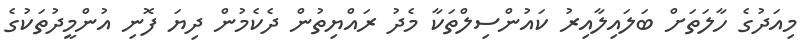
މިއަދުގެ ހާލަތަށް ބަލައިލާއިރު ކައުންސިލްތަކާ މެދު ރައްޔިތުން ދެކެމުން ދިޔަ ފޮނި އުންމީދުތަކުގެ